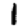
Digit: 1